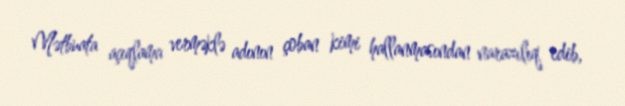
Mətbuata açıqlama verməklə adının çoban kimi hallanmasından narazılıq edib,